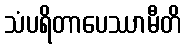
သံပရိတာပေဿာမီတိ